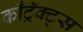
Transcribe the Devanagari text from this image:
काँट्रॅक्ट्स